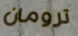
ترومان